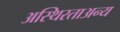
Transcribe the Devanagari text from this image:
अस्थिरताअन्य